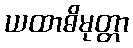
ယထာဓိမုတ္တာ